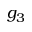
g _ { 3 }